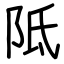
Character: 阺